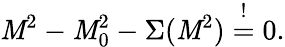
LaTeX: \mathit{M}^{2}-\mathit{M}_{0}^{2}-\Sigma(\mathit{M}^{2})\stackrel{!}{=}0.